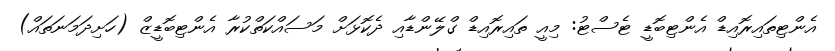
އެންޓިތައިރޮއިޑް އެންޓިބޮޑީ ޓެސްޓު: މިއީ ތައިރޮއިޑް ގްލޭންޑާއި ދެކޮޅަށް މަސައްކަތްކުރާ އެންޓިބޮޑީޒް (ހަށިދަމަނަތައް)